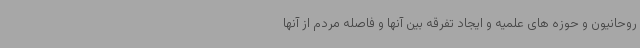
روحانیون و حوزه های علمیه و ایجاد تفرقه بین آنها و فاصله مردم از آنها